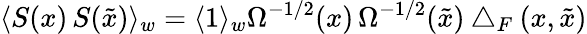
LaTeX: \langle S(x)\, S(\tilde{x})\rangle_{w}=\langle 1\rangle_{w}\Omega^{-1/2}(x)\, \Omega^{-1/2}(\tilde{x})\bigtriangleup_{F}(x,\tilde{x})